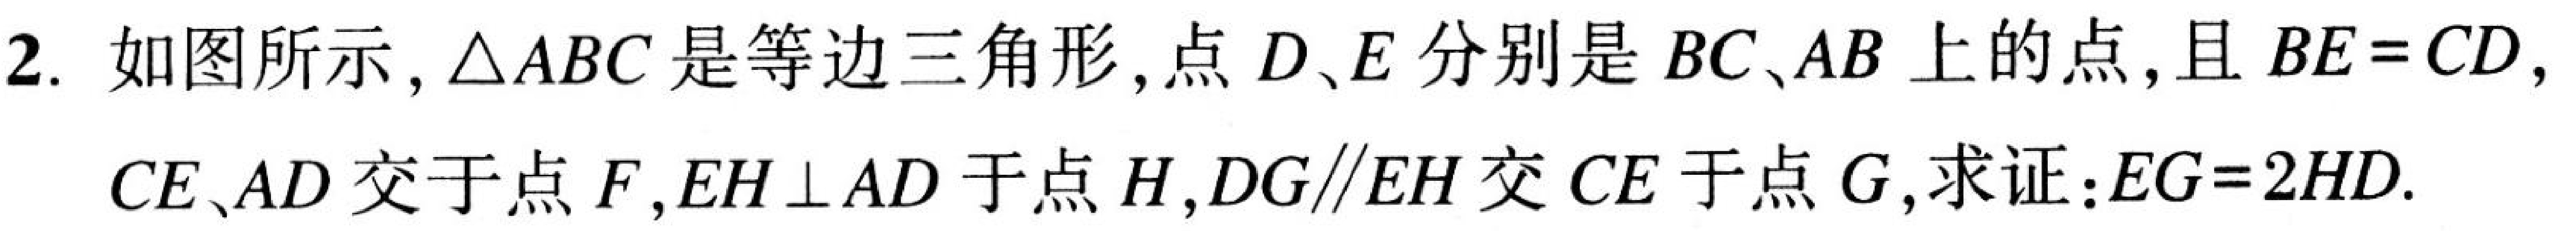
2. 如图所示，\(\triangle ABC\)是等边三角形，点\(D、E\)分别是\(BC、AB\)上的点，且\(BE = CD\)，
\(CE、AD\)交于点\(F\)，\(EH\perp AD\)于点\(H\)，\(DG\parallel EH\)交\(CE\)于点\(G\)，求证：\(EG = 2HD\).